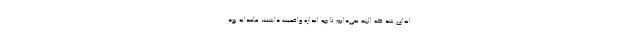
انه‌ای شد که البته نمی‌دانم تا چه اندازه واقعیت داشت، عامدانه بود